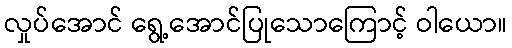
လှုပ်အောင် ရွေ့အောင်ပြုသောကြောင့် ဝါယော။